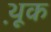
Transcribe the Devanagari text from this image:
थ़ूक